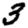
Digit: 3